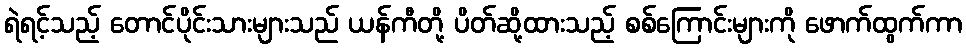
ရဲရင့်သည့် တောင်ပိုင်းသားများသည် ယန်ကီတို့ ပိတ်ဆို့ထားသည့် စစ်ကြောင်းများကို ဖောက်ထွက်ကာ